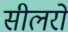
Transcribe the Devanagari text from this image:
सीलरों